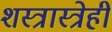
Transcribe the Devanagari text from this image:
शस्त्रास्त्रेही